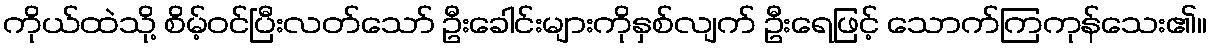
ကိုယ်ထဲသို့ စိမ့်ဝင်ပြီးလတ်သော် ဦးခေါင်းများကိုနှစ်လျက် ဦးရေဖြင့် သောက်ကြကုန်သေး၏။